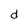
Character: d